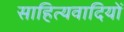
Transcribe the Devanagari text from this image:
साहित्यवादियों